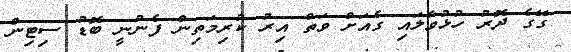
ގޭގެ ދޮރު ހުޅުވާލައި ގެއަށް ވަތް އިރު ކުރިމަތިން ފެނުނީ ބޮޑު ސިޓިން